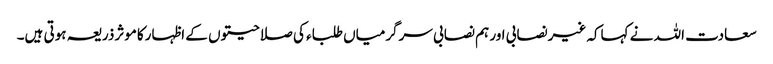
سعادت اللہ نے کہاکہ غیرنصابی اور ہم نصابی سرگرمیاں طلباء کی صلاحیتوں کے اظہارکاموثرذریعہ ہوتی ہیں۔